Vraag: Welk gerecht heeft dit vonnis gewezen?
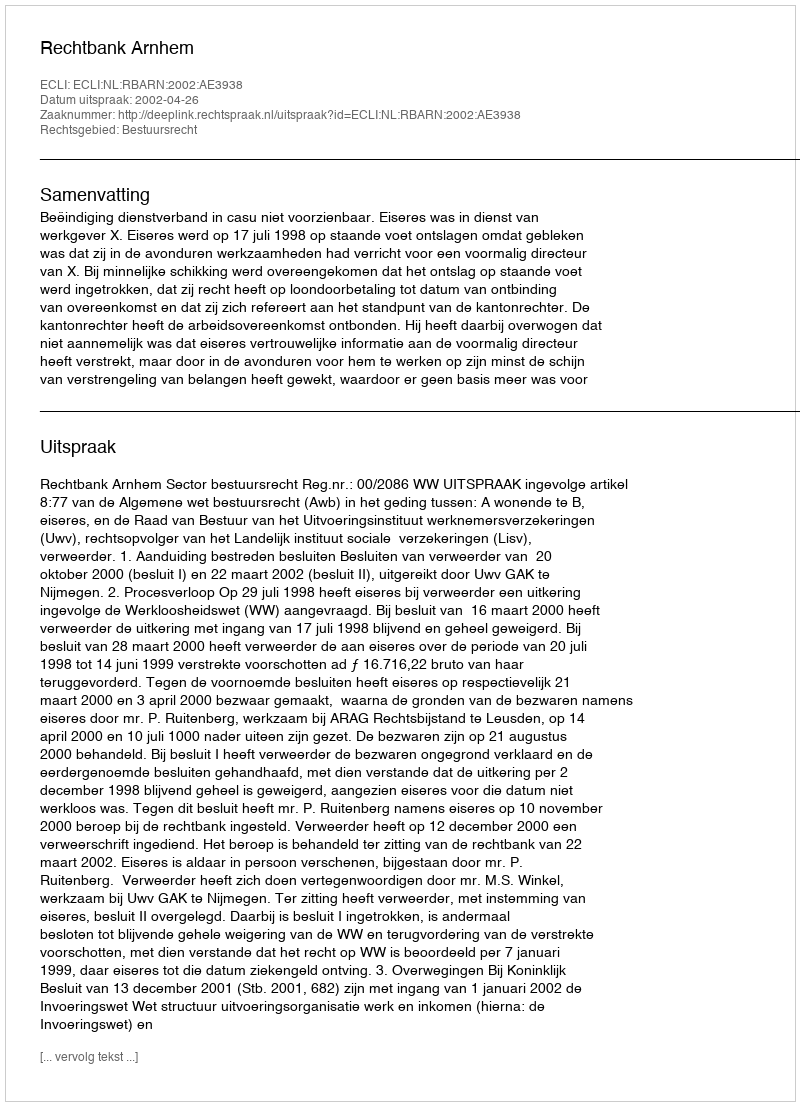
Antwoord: Rechtbank Arnhem